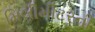
મિલીમીટરની